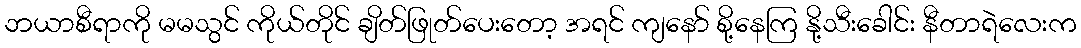
ဘယာစီရာကို မမသွင် ကိုယ်တိုင် ချိတ်ဖြုတ်ပေးတော့ အရင် ကျနော် စို့နေကြ နို့သီးခေါင်း နီတာရဲလေးက